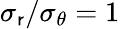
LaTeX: \sigma_{\mathsf{r}}/\sigma_{\theta}=1